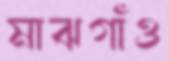
মাঝগাঁও